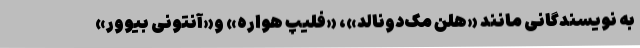
به نویسندگانی مانند «هلن مک‌دونالد»، «فلیپ هواره» و«آنتونی بیوور»